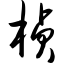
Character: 桢